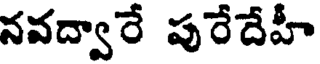
నవద్వారే పురేదేహీ